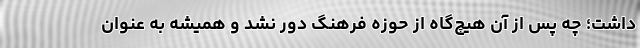
داشت؛ چه پس از آن هیچ‌گاه از حوزه‌ فرهنگ دور نشد و همیشه به عنوان